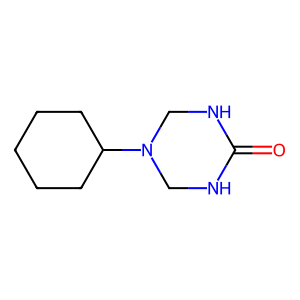
SMILES: O=C1NCN(C2CCCCC2)CN1
Inhibits HIV replication: No